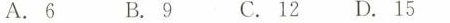
A.6 B. 9 C.12 D. 15